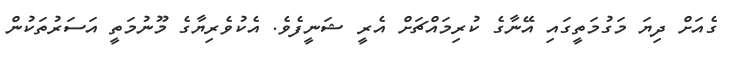
ގެއަށް ދިޔަ މަގުމަތީގައި އޭނާގެ ކުރިމައްޗަށް އެރީ ޝަނީފެވެ. އެކުވެރިޔާގެ މޫނުމަތީ އަސަރުތަކުން